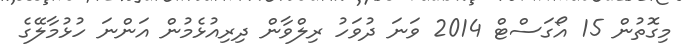
މިގޮތުން 15 އޯގަސްޓް 2014 ވަނަ ދުވަހު ރިލްވާން ދިރިއުޅެމުން އަންނަ ހުޅުމާލޭގެ